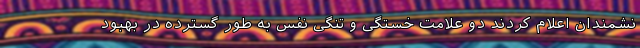
نشمندان اعلام کردند دو علامت خستگی و تنگی نفس به طور گسترده در بهبود